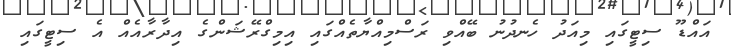
އައްޑޫ ސިޓީގައި މިއަދު ހެނދުނު ބޭއްވި ރަސްމިއްޔާތެއްގައި އިމިގްރޭޝަންގެ އިދާރާއެއް އެ ސިޓީގައި